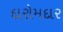
દારોમદાર